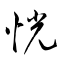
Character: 恍